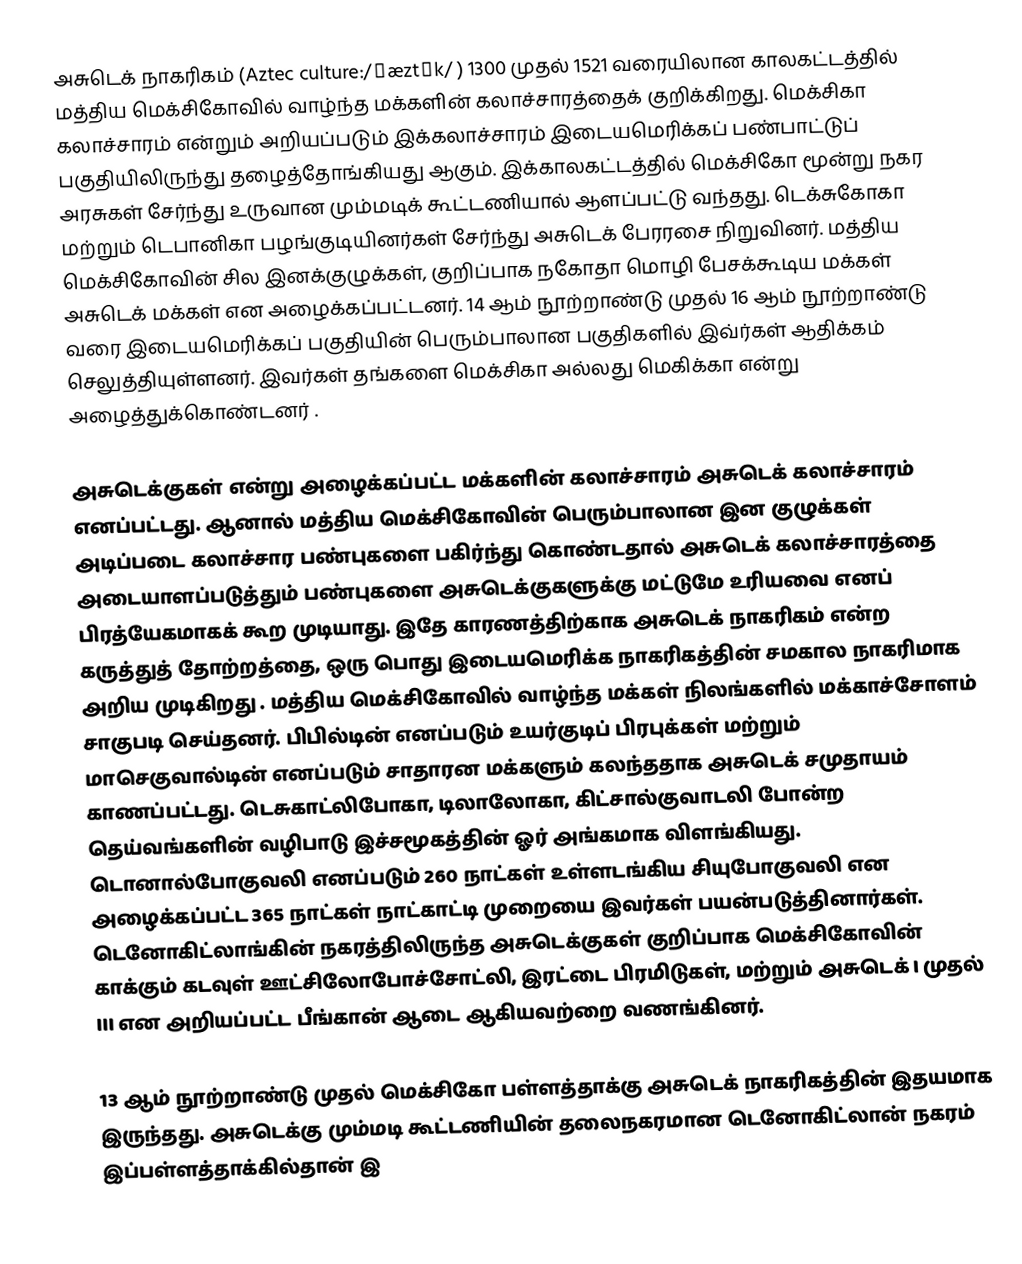
அசுடெக் நாகரிகம் (Aztec culture:/ˈæztɛk/ ) 1300 முதல் 1521 வரையிலான காலகட்டத்தில் மத்திய மெக்சிகோவில் வாழ்ந்த மக்களின் கலாச்சாரத்தைக் குறிக்கிறது. மெக்சிகா கலாச்சாரம் என்றும் அறியப்படும் இக்கலாச்சாரம்  இடையமெரிக்கப் பண்பாட்டுப் பகுதியிலிருந்து தழைத்தோங்கியது ஆகும். இக்காலகட்டத்தில் மெக்சிகோ மூன்று நகர அரசுகள் சேர்ந்து உருவான மும்மடிக் கூட்டணியால் ஆளப்பட்டு வந்தது. டெக்சுகோகா மற்றும் டெபானிகா  பழங்குடியினர்கள் சேர்ந்து அசுடெக் பேரரசை  நிறுவினர். மத்திய மெக்சிகோவின் சில இனக்குழுக்கள், குறிப்பாக நகோதா மொழி பேசக்கூடிய மக்கள் அசுடெக் மக்கள் என அழைக்கப்பட்டனர். 14 ஆம் நூற்றாண்டு முதல் 16 ஆம் நூற்றாண்டு வரை இடையமெரிக்கப் பகுதியின் பெரும்பாலான பகுதிகளில் இவ்ர்கள் ஆதிக்கம் செலுத்தியுள்ளனர். இவர்கள் தங்களை மெக்சிகா அல்லது மெகிக்கா என்று அழைத்துக்கொண்டனர் .

அசுடெக்குகள் என்று அழைக்கப்பட்ட மக்களின் கலாச்சாரம் அசுடெக் கலாச்சாரம் எனப்பட்டது.  ஆனால் மத்திய மெக்சிகோவின் பெரும்பாலான இன குழுக்கள் அடிப்படை கலாச்சார பண்புகளை பகிர்ந்து கொண்டதால்  அசுடெக் கலாச்சாரத்தை அடையாளப்படுத்தும் பண்புகளை அசுடெக்குகளுக்கு மட்டுமே உரியவை எனப்  பிரத்யேகமாகக் கூற முடியாது. இதே காரணத்திற்காக அசுடெக் நாகரிகம் என்ற கருத்துத் தோற்றத்தை, ஒரு பொது இடையமெரிக்க நாகரிகத்தின் சமகால நாகரிமாக அறிய முடிகிறது . மத்திய மெக்சிகோவில் வாழ்ந்த மக்கள் நிலங்களில்  மக்காச்சோளம் சாகுபடி செய்தனர். பிபில்டின் எனப்படும் உயர்குடிப் பிரபுக்கள் மற்றும் மாசெகுவால்டின் எனப்படும் சாதாரன மக்களும் கலந்ததாக அசுடெக் சமுதாயம் காணப்பட்டது. டெசுகாட்லிபோகா, டிலாலோகா, கிட்சால்குவாடலி போன்ற தெய்வங்களின்   வழிபாடு இச்சமூகத்தின் ஓர் அங்கமாக விளங்கியது. டொனால்போகுவலி எனப்படும் 260 நாட்கள் உள்ளடங்கிய சியுபோகுவலி என அழைக்கப்பட்ட 365 நாட்கள் நாட்காட்டி முறையை இவர்கள் பயன்படுத்தினார்கள். டெனோகிட்லாங்கின் நகரத்திலிருந்த அசுடெக்குகள்  குறிப்பாக மெக்சிகோவின் காக்கும் கடவுள் ஊட்சிலோபோச்சோட்லி, இரட்டை பிரமிடுகள், மற்றும் அசுடெக் I முதல் III என அறியப்பட்ட பீங்கான் ஆடை ஆகியவற்றை வணங்கினர்.

13 ஆம் நூற்றாண்டு முதல் மெக்சிகோ பள்ளத்தாக்கு அசுடெக் நாகரிகத்தின் இதயமாக இருந்தது. அசுடெக்கு மும்மடி கூட்டணியின் தலைநகரமான டெனோகிட்லான் நகரம் இப்பள்ளத்தாக்கில்தான் இ